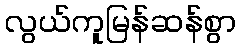
လွယ်ကူမြန်ဆန်စွာ